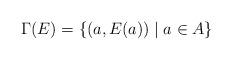
LaTeX: \begin{align*}\Gamma(E) = \{(a,E(a)) \mid a\in A\}\end{align*}